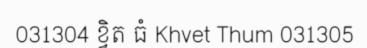
031304 ខ្វិត ធំ Khvet Thum 031305